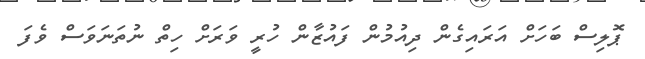
ޕޮލިސް ބަހަށް އަރައިގެން ދިއުމުން ފައުޒާން ހުރީ ވަރަށް ހިތް ނުތަނަވަސް ވެފަ